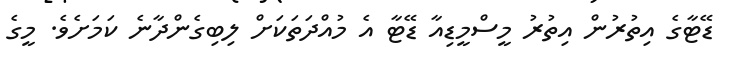
ޑޭޓާގެ އިތުރުން އިތުރު މީސްމީޑިއާ ޑޭޓާ އެ މުއްދަތަަކަށް ލިބިގެންދާނެ ކަމަށެވެ. މީގެ